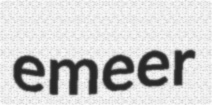
emeer